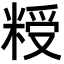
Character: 𮇨